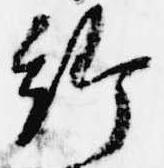
給